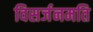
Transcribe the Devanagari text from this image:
विसर्जनमति